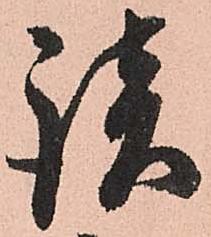
談